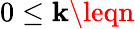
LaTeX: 0\leq\mathbf{k}\leqn